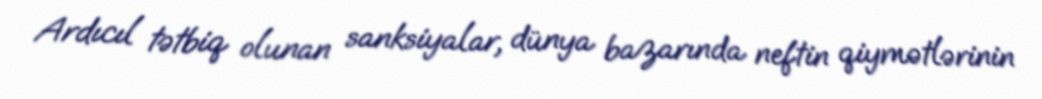
Ardıcıl tətbiq olunan sanksiyalar, dünya bazarında neftin qiymətlərinin